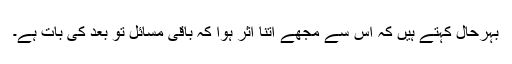
بہرحال کہتے ہیں کہ اس سے مجھے اتنا اثر ہوا کہ باقی مسائل تو بعد کی بات ہے۔